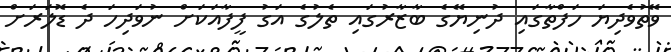
ވޭތުވެދިޔަ ހަފްތާގައި ދުނިޔޭގެ ބާޒާރުގައި ތެލުގެ އަގު ފީފާއަކަށް ނުވަދިހަ ދެ ޑޮލަރަށް